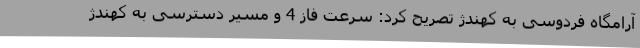
آرامگاه فردوسی به کهندژ تصریح کرد: سرعت فاز 4 و مسیر دسترسی به کهندژ